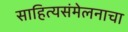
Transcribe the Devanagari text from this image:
साहित्यसंमेलनाचा